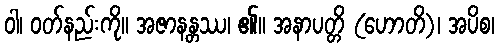
ဝါ၊ ဝတ်နည်းကို။ အဇာနန္တဿ၊ ၏။ အနာပတ္တိ (ဟောတိ)၊ အပိစ၊